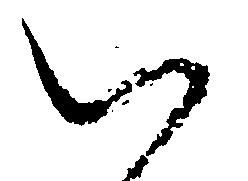
い